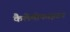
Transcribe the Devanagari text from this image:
कैलेमोफाइटन